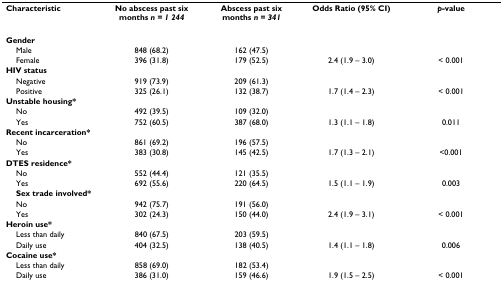
<table><thead><tr><td><b>Characteristic</b></td><td><b>No abscess past six months <i>n = 1 244</i></b></td><td><b>Abscess past six months <i>n = 341</i></b></td><td><b>Odds Ratio (95% CI)</b></td><td><b><i>p-</i>value</b></td></tr></thead><tbody><tr><td><b>Gender</b></td><td></td><td></td><td></td><td></td></tr><tr><td> Male</td><td>848 (68.2)</td><td>162 (47.5)</td><td></td><td></td></tr><tr><td> Female</td><td>396 (31.8)</td><td>179 (52.5)</td><td>2.4 (1.9 – 3.0)</td><td>&lt; 0.001</td></tr><tr><td><b>HIV status</b></td><td></td><td></td><td></td><td></td></tr><tr><td> Negative</td><td>919 (73.9)</td><td>209 (61.3)</td><td></td><td></td></tr><tr><td> Positive</td><td>325 (26.1)</td><td>132 (38.7)</td><td>1.7 (1.4 – 2.3)</td><td>&lt; 0.001</td></tr><tr><td><b>Unstable housing*</b></td><td></td><td></td><td></td><td></td></tr><tr><td> No</td><td>492 (39.5)</td><td>109 (32.0)</td><td></td><td></td></tr><tr><td> Yes</td><td>752 (60.5)</td><td>387 (68.0)</td><td>1.3 (1.1 – 1.8)</td><td>0.011</td></tr><tr><td><b>Recent incarceration*</b></td><td></td><td></td><td></td><td></td></tr><tr><td> No</td><td>861 (69.2)</td><td>196 (57.5)</td><td></td><td></td></tr><tr><td> Yes</td><td>383 (30.8)</td><td>145 (42.5)</td><td>1.7 (1.3 – 2.1)</td><td>&lt;0.001</td></tr><tr><td><b>DTES residence*</b></td><td></td><td></td><td></td><td></td></tr><tr><td> No</td><td>552 (44.4)</td><td>121 (35.5)</td><td></td><td></td></tr><tr><td> Yes</td><td>692 (55.6)</td><td>220 (64.5)</td><td>1.5 (1.1 – 1.9)</td><td>0.003</td></tr><tr><td> <b>Sex trade involved*</b></td><td></td><td></td><td></td><td></td></tr><tr><td> No</td><td>942 (75.7)</td><td>191 (56.0)</td><td></td><td></td></tr><tr><td> Yes</td><td>302 (24.3)</td><td>150 (44.0)</td><td>2.4 (1.9 – 3.1)</td><td>&lt; 0.001</td></tr><tr><td><b>Heroin use*</b></td><td></td><td></td><td></td><td></td></tr><tr><td> Less than daily</td><td>840 (67.5)</td><td>203 (59.5)</td><td></td><td></td></tr><tr><td> Daily use</td><td>404 (32.5)</td><td>138 (40.5)</td><td>1.4 (1.1 – 1.8)</td><td>0.006</td></tr><tr><td><b>Cocaine use*</b></td><td></td><td></td><td></td><td></td></tr><tr><td> Less than daily</td><td>858 (69.0)</td><td>182 (53.4)</td><td></td><td></td></tr><tr><td> Daily use</td><td>386 (31.0)</td><td>159 (46.6)</td><td>1.9 (1.5 – 2.5)</td><td>&lt; 0.001</td></tr></tbody></table>